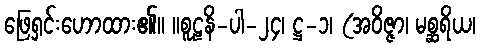
ဖြေရှင်းဟောထား၏။ ။စူဠနိ-ပါ-၂၄၊ ဋ္ဌ-၁၊ (အဝိဇ္ဇာ၊ မစ္ဆရိယ၊